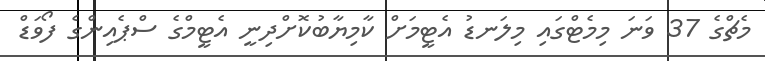
މެޗްގެ 37 ވަނަ މިމެޓްގައި މިލަނޑު އެޓީމަށް ކާމިޔާބުކޮށްދިނީ އެޓީމްގެ ސްޕެއިންގެ ފޯވަޑް